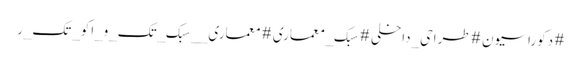
#دکوراسیون #طراحی_داخلی #سبک_معماری #معماری__سبک_تک_و_اکو_تک_ر